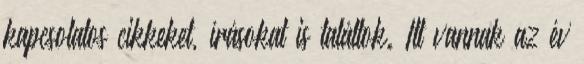
kapcsolatos cikkeket, írásokat is találtok. Itt vannak az év